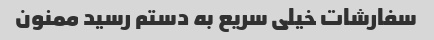
سفارشات خیلی سریع به دستم رسید ممنون